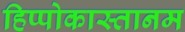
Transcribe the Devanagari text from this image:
हिप्पोकास्तानम